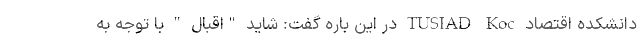
دانشکده اقتصاد TUSIAD Koc در این باره گفت: شاید "اقبال " با توجه به